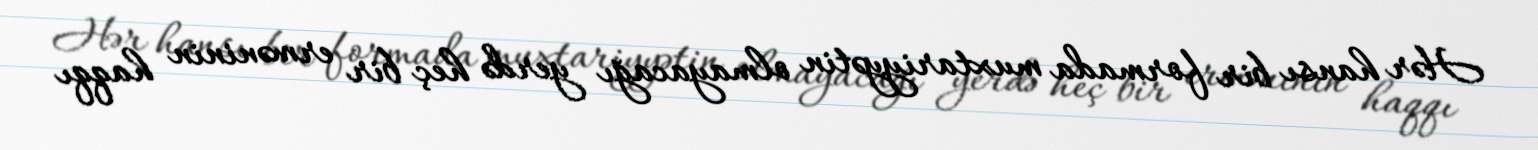
Hər hansı bir formada muxtariyyətin olmayacağı yerdə heç bir erməninin haqqı